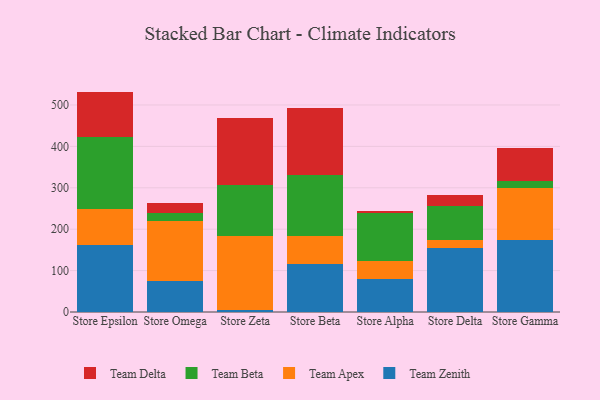
{"axis": {"x": "Store", "y": "Humidity (%)"}, "legend": ["Team Apex", "Team Beta", "Team Delta", "Team Zenith"], "data": [{"x": "Store Epsilon", "y": 160.9, "type": "Team Zenith"}, {"x": "Store Epsilon", "y": 87.9, "type": "Team Apex"}, {"x": "Store Epsilon", "y": 174.0, "type": "Team Beta"}, {"x": "Store Epsilon", "y": 109.5, "type": "Team Delta"}, {"x": "Store Omega", "y": 74.5, "type": "Team Zenith"}, {"x": "Store Omega", "y": 145.4, "type": "Team Apex"}, {"x": "Store Omega", "y": 18.2, "type": "Team Beta"}, {"x": "Store Omega", "y": 26.3, "type": "Team Delta"}, {"x": "Store Zeta", "y": 6.0, "type": "Team Zenith"}, {"x": "Store Zeta", "y": 178.1, "type": "Team Apex"}, {"x": "Store Zeta", "y": 122.0, "type": "Team Beta"}, {"x": "Store Zeta", "y": 162.3, "type": "Team Delta"}, {"x": "Store Beta", "y": 115.1, "type": "Team Zenith"}, {"x": "Store Beta", "y": 68.5, "type": "Team Apex"}, {"x": "Store Beta", "y": 146.4, "type": "Team Beta"}, {"x": "Store Beta", "y": 161.8, "type": "Team Delta"}, {"x": "Store Alpha", "y": 78.6, "type": "Team Zenith"}, {"x": "Store Alpha", "y": 43.6, "type": "Team Apex"}, {"x": "Store Alpha", "y": 116.1, "type": "Team Beta"}, {"x": "Store Alpha", "y": 5.0, "type": "Team Delta"}, {"x": "Store Delta", "y": 155.0, "type": "Team Zenith"}, {"x": "Store Delta", "y": 19.8, "type": "Team Apex"}, {"x": "Store Delta", "y": 81.2, "type": "Team Beta"}, {"x": "Store Delta", "y": 25.4, "type": "Team Delta"}, {"x": "Store Gamma", "y": 174.8, "type": "Team Zenith"}, {"x": "Store Gamma", "y": 124.7, "type": "Team Apex"}, {"x": "Store Gamma", "y": 15.9, "type": "Team Beta"}, {"x": "Store Gamma", "y": 81.5, "type": "Team Delta"}]}